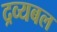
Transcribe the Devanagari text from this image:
द्रव्यबल